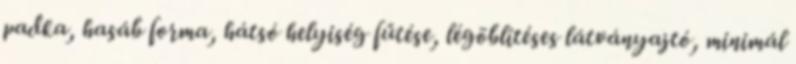
padka, hasáb forma, hátsó helyiség fűtése, légöblítéses látványajtó, minimál